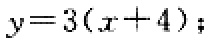
\(y = 3(x + 4)\);